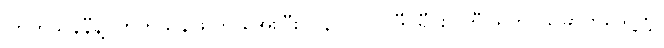
ကြက်သွန်နီနဲ့ ကြက်သွန်ဖြူကို အေးပြီး ( ၃ - ၁၀ ဒီဂရီ စင်တီဂရိတ်) ခြောက်သွေ့တဲ့၊